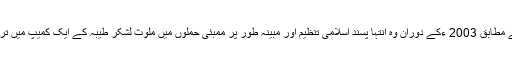
23 سالہ یانک ناصر کے مطابق 2003 ءکے دوران وہ انتہا پسند اسلامی تنظیم اور مبینہ طور پر ممبئی حملوں میں ملوث لشکر طیبہ کے ایک کمیپ میں تربیت حاصل کرتا رہا تھا۔